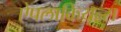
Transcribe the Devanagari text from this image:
ऐपलाकियन्स